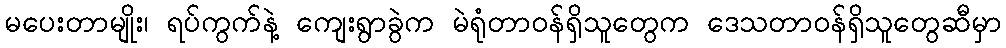
မပေးတာမျိုး၊ ရပ်ကွက်နဲ့ ကျေးရွာခွဲက မဲရုံတာဝန်ရှိသူတွေက ဒေသတာဝန်ရှိသူတွေဆီမှာ